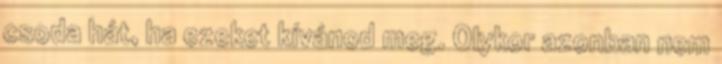
csoda hát, ha ezeket kívánod meg. Olykor azonban nem